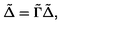
\tilde { \Delta } = \tilde { \Gamma } \tilde { \Delta } ,